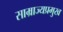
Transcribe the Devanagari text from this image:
साम्राज्यप्रमुख